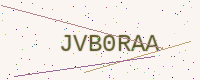
Text: JVB0RAA